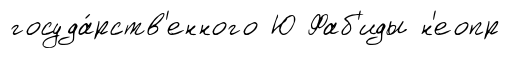
госуда́рств'енного Ю Фаб'иды н'еопр